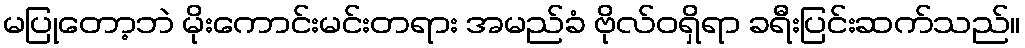
မပြုတော့ဘဲ မိုးကောင်းမင်းတရား အမည်ခံ ဗိုလ်ဝရှိရာ ခရီးပြင်းဆက်သည်။